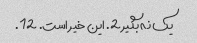
یک نه بگیر 2. این خیر است. 12.